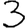
Digit: 3